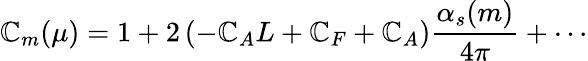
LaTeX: \mathbb{C}_{m}(\mu)=1+2\left(-\mathbb{C}_{A}L+\mathbb{C}_{F}+\mathbb{C}_{A}\right)\frac{{\alpha_{s}(m)}}{{4\pi}}+\cdots